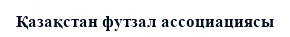
Қазақстан футзал ассоциациясы